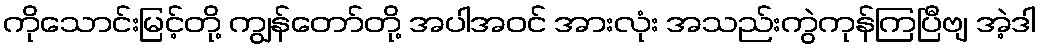
ကိုသောင်းမြင့်တို့ ကျွန်တော်တို့ အပါအဝင် အားလုံး အသည်းကွဲကုန်ကြပြီဗျ အဲ့ဒါ